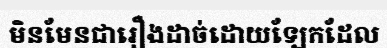
មិនមែនជារឿងដាច់ដោយឡែកដែល